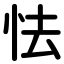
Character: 怯